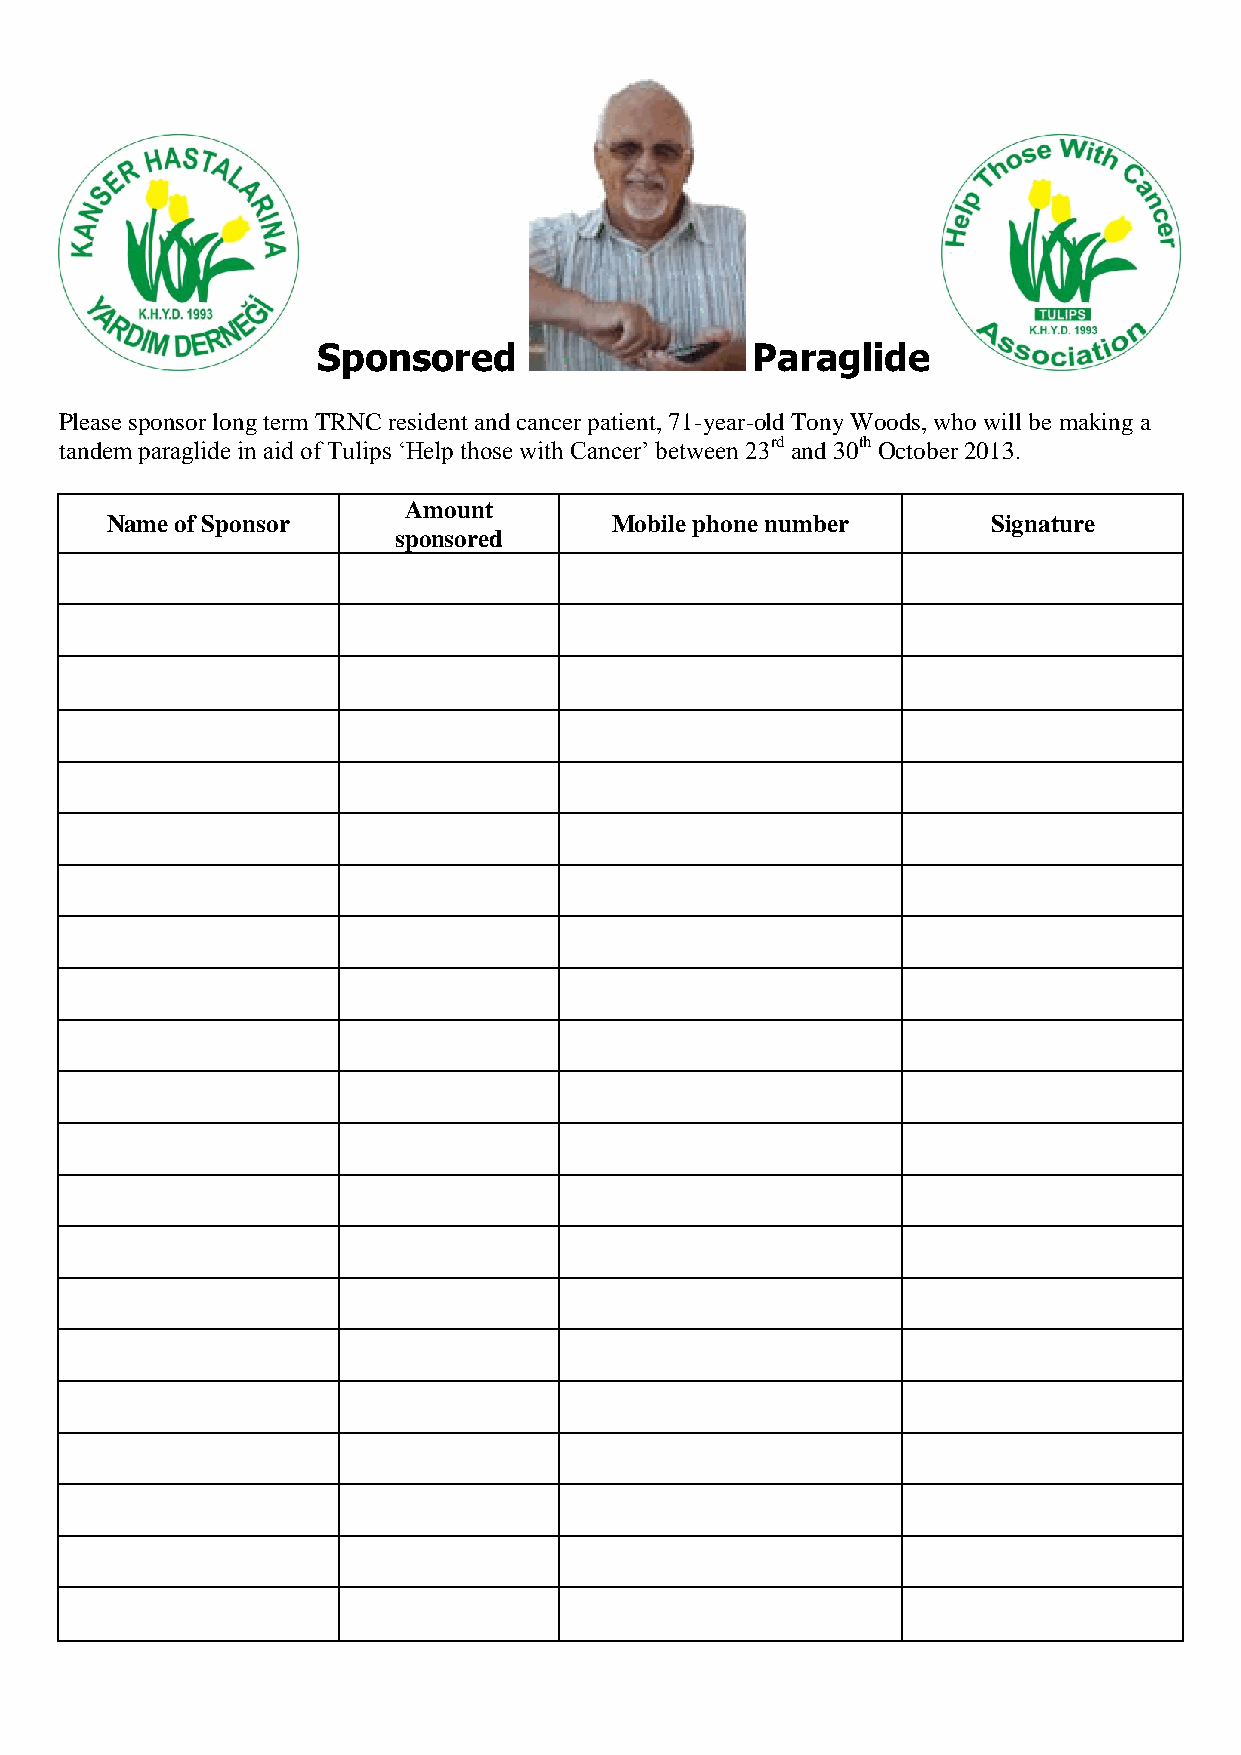
Sponsored                    Paraglide
 Please sponsor long term TRNC resident and cancer patient, 71-year-old Tony Woods, who will be making a
 tandem paraglide in aid of Tulips ‘Help those with Cancer’ between 23rd and 30th October 2013.
 Amount
 Name of Sponsor                  Mobile phone number       Signature
 sponsored